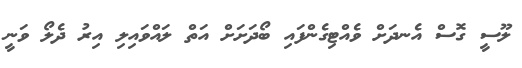
ލޫސީ ގޮސް އެނދަށް ވެއްޓިގެންފައި ބޯދަށަށް އަތް ލައްވައިލި އިރު ދެލޯ ވަނީ